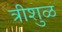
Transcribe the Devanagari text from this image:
त्रीशुळ